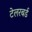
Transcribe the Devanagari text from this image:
टेलरबर्ड